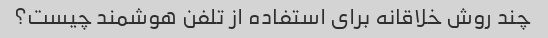
چند روش خلاقانه برای استفاده از تلفن هوشمند چیست؟